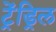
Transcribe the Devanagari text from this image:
ट्रेंड्रिल